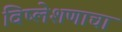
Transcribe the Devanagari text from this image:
विष्लेशणाचा